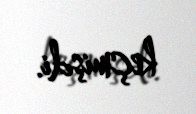
keçmişdi.